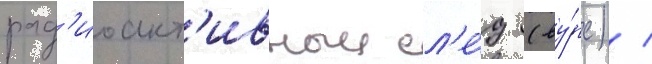
рад'иоакт'ивныи сл'е́д (ву́рс) /